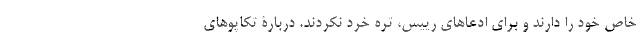
خاص خود را دارند و برای ادعاهای رییس، تره خُرد نکردند. دربارۀ تکاپوهای